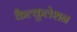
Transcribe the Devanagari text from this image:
कैल्कुलेशन